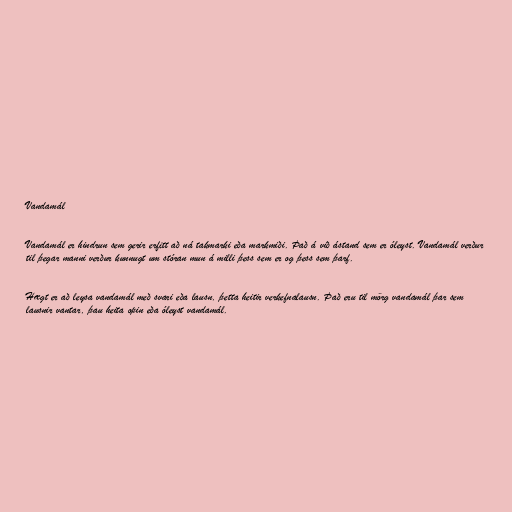
Vandamál

Vandamál er hindrun sem gerir erfitt að ná takmarki eða markmiði. Það á við ástand sem er óleyst. Vandamál verður
til þegar manni verður kunnugt um stóran mun á milli þess sem er og þess sem þarf.

Hægt er að leysa vandamál með svari eða lausn, þetta heitir verkefnalausn. Það eru til mörg vandamál þar sem
lausnir vantar, þau heita opin eða óleyst vandamál.